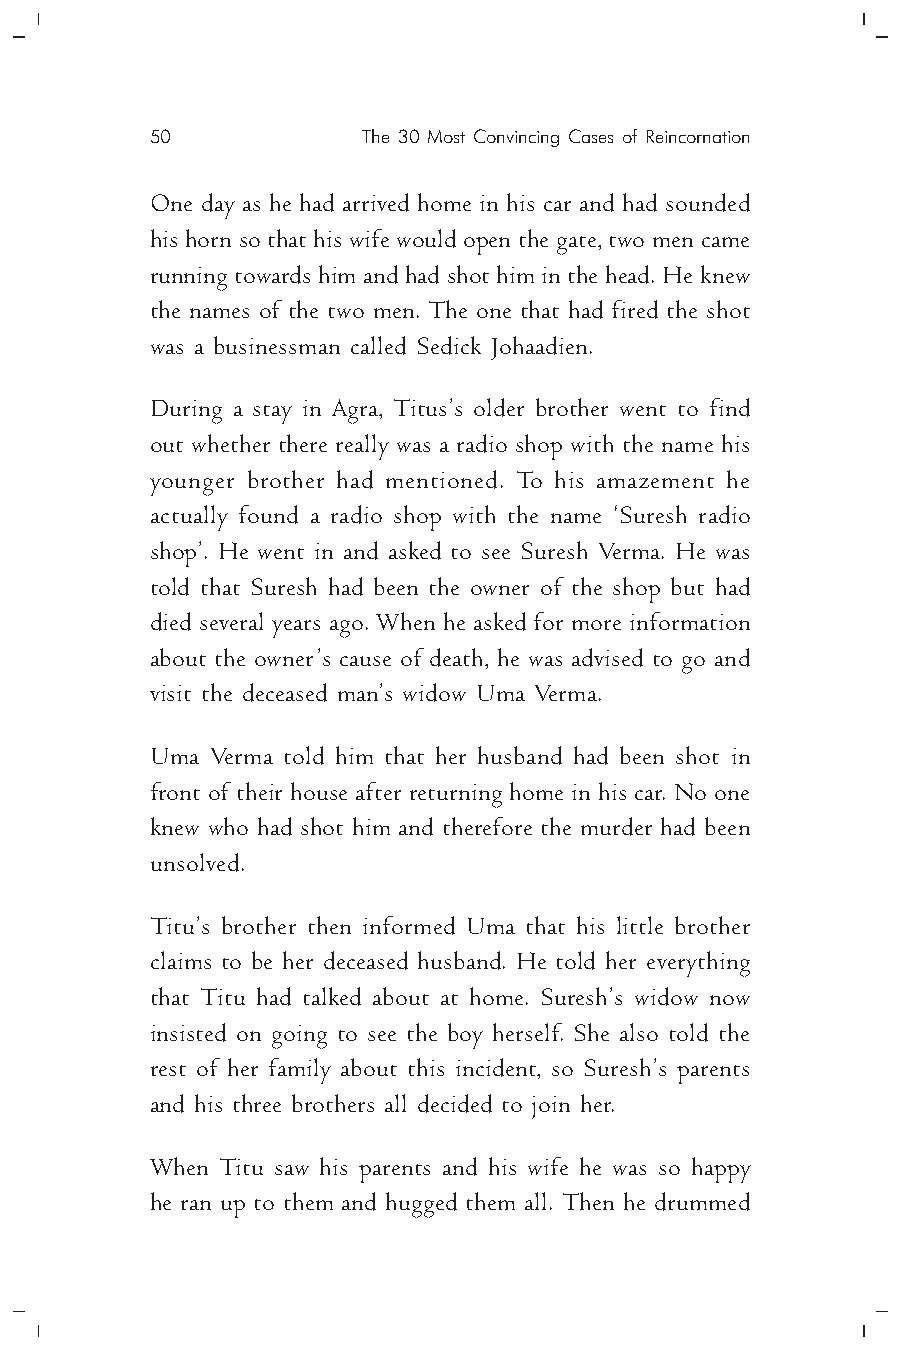
50            The 30 Most Convincing Cases of Reincornation
 One day as he had arrived home in his car and had sounded
 his horn so that his wife would open the gate, two men came
 running towards him and had shot him in the head. He knew
 the names of the two men. The one that had fired the shot
 was a businessman called Sedick Johaadien.
 During a stay in Agra, Titus’s older brother went to find
 out whether there really was a radio shop with the name his
 younger brother had mentioned. To his amazement he
 actually found a radio shop with the name ‘Suresh radio
 shop’. He went in and asked to see Suresh Verma. He was
 told that Suresh had been the owner of the shop but had
 died several years ago. When he asked for more information
 about the owner’s cause of death, he was advised to go and
 visit the deceased man’s widow Uma Verma.
 Uma Verma told him that her husband had been shot in
 front of their house after returning home in his car. No one
 knew who had shot him and therefore the murder had been
 unsolved.
 Titu’s brother then informed Uma that his little brother
 claims to be her deceased husband. He told her everything
 that Titu had talked about at home. Suresh’s widow now
 insisted on going to see the boy herself. She also told the
 rest of her family about this incident, so Suresh’s parents
 and his three brothers all decided to join her.
 When Titu saw his parents and his wife he was so happy
 he ran up to them and hugged them all. Then he drummed